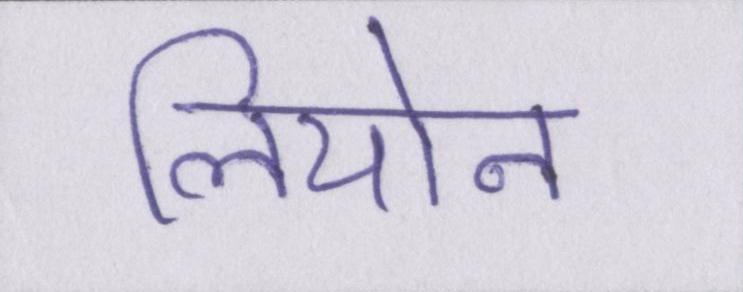
लियोन